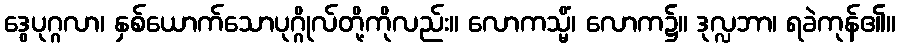
ဒွေပုဂ္ဂလာ၊ နှစ်ယောက်သောပုဂ္ဂိုလ်တို့ကိုလည်း။ လောကသ္မိံ၊ လောက၌။ ဒုလ္လဘာ၊ ရခဲကုန်၏။